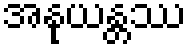
အနုယန္တဿ